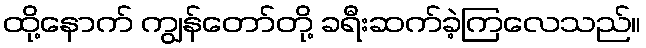
ထို့နောက် ကျွန်တော်တို့ ခရီးဆက်ခဲ့ကြလေသည်။